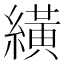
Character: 䌙